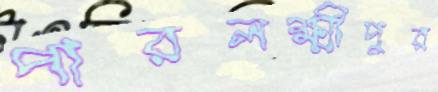
পারলক্ষ্মীপুর